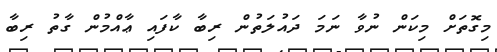
މިގޮތަށް މިކަން ނުވާ ނަމަ ދައުލަތުން ރިބާ ކާފައި ޢާއްމުން ގާތު ރިބާ